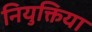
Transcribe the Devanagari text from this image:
नियुक्तिया